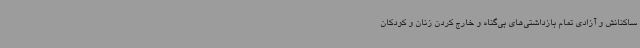
ساکنانش و آزادی تمام بازداشتی‌های بی‌گناه و خارج کردن زنان و کودکان